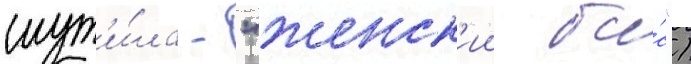
шут'и́ла - "женск'ии ба́с")